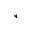
^ { * }